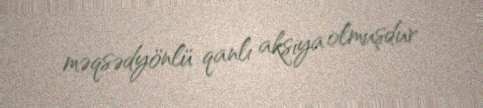
məqsədyönlü qanlı aksiya olmuşdur.